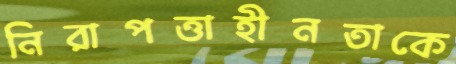
নিরাপত্তাহীনতাকে